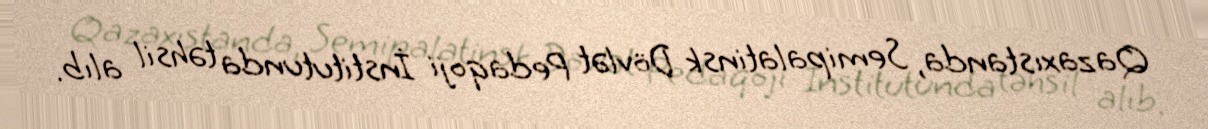
Qazaxıstanda, Semipalatinsk Dövlət Pedaqoji İnstitutunda təhsil alıb.